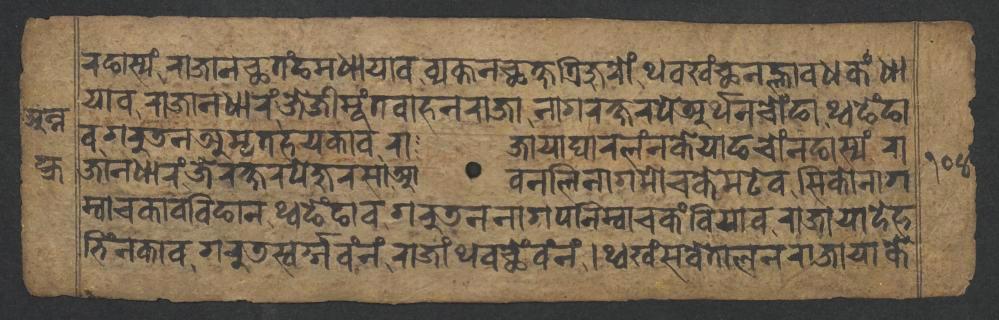
𑐬𑐒𑐵𑐳𑑂𑐫𑑄𑐬𑐵𑐖𑐵𑐣𑐕𑐟𑑄𑐒𑐩𑐢𑐵𑐫𑐵𑐰𑐰𑑂𑐫𑐎𑑂𑐟𑐣𑐕𑐎𑑂𑐲𑐟𑑂𑐬𑐶𑐖𑐸𑐬𑑀𑑄𑐠𑐰𑐏𑑄𑐕𑐣𑐮𑑂𑐴𑐵𑐰𑐢𑐎𑑄𑐢𑐵 𑐫𑐵𑐰𑐬𑐵𑐖𑐵𑐣𑐢𑐵𑐬𑑄𑐖𑐾𑐖𑐷𑐩𑐹𑑄𑐟𑐰𑐵𑐴𑐣𑐬𑐵𑐖𑐵𑐣𑐵𑐐𑐬𑐎𑑂𑐲𑐬𑐥𑐾𑐀𑐬𑑂𑐠𑐣𑐔𑑀𑑄𑐒𑐵𑐠𑑂𑐰𑐒𑐾𑑄𑐒𑐵 𑐰𑐐𑐬𑐸𑐜𑐣𑐀𑐩𑐺𑐟𑐴𑐫𑐎𑐵𑐰𑐬𑐵𑐖𑐵𑐫𑐵𑐑𑐵𑐬𑐮𑑄𑐣𑐎𑐾𑐫𑐵𑐒𑐔𑑀𑑄𑐣𑐒𑐵𑐳𑑂𑐫𑑄𑐬𑐵 𑐖𑐵𑐣𑐢𑐵𑐬𑑄𑐖𑐾𑐬𑐎𑑂𑐲𑐬𑐥𑐾𑐖𑐸𑐬𑐳𑐵𑐁𑐰𑐣𑐮𑐶𑐣𑐵𑐐𑐩𑑀𑐔𑐎𑐾𑐩𑐚𑐾𑐰𑐳𑐶𑐎𑑀𑐣𑐵𑐐 𑐩𑑂𑐰𑐵𑐔𑐎𑐵𑐰𑐧𑐶𑐒𑐵𑐣𑐠𑑂𑐰𑐒𑐾𑑄𑐒𑐵𑐰𑐐𑐬𑐸𑐜𑐣𑐣𑐵𑐐𑐥𑐣𑐶𑐩𑑂𑐰𑐵𑐔𑐎𑑄𑐧𑐶𑐫𑐵𑐰𑐬𑐵𑐖𑐵𑐫𑐵𑐡𑐾𑐴 𑐨𑐶𑑄𑐣𑐎𑐵𑐰𑐐𑐬𑐸𑐜𑐳𑑂𑐰𑐬𑑂𑐐𑑂𑐐𑐰𑑄𑐣𑑄𑐬𑐵𑐖𑐵𑑄𑐠𑐰𑐕𑐾𑑄𑐰𑑄𑐣𑑄𑑋𑐠𑑂𑐰𑐏𑑄𑐳𑐰𑐾𑐟𑐵𑐮𑐣𑐬𑐵𑐖𑐵𑐫𑐵𑐎𑐾